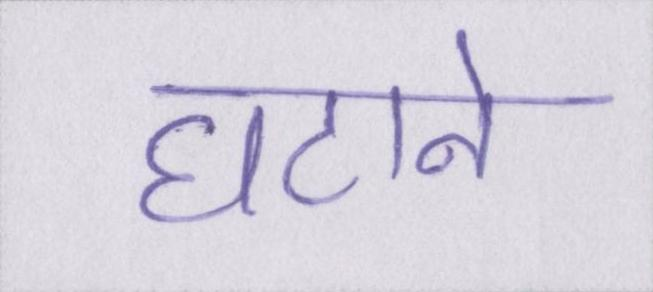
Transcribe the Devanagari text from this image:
घटाने